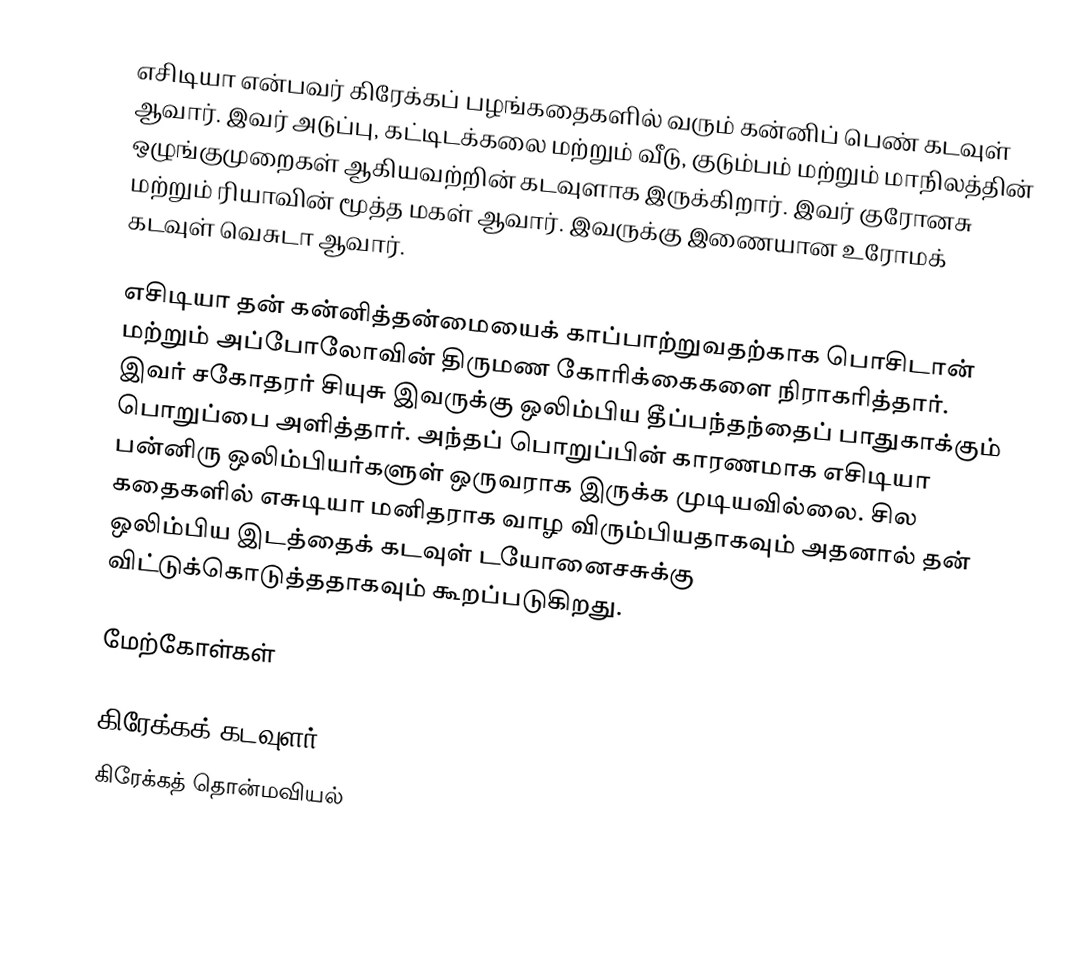
எசிடியா என்பவர் கிரேக்கப் பழங்கதைகளில் வரும் கன்னிப் பெண் கடவுள் ஆவார். இவர் அடுப்பு, கட்டிடக்கலை மற்றும் வீடு, குடும்பம் மற்றும் மாநிலத்தின் ஒழுங்குமுறைகள் ஆகியவற்றின் கடவுளாக இருக்கிறார். இவர் குரோனசு மற்றும் ரியாவின் மூத்த மகள் ஆவார். இவருக்கு இணையான உரோமக் கடவுள் வெசுடா ஆவார்.

எசிடியா தன் கன்னித்தன்மையைக் காப்பாற்றுவதற்காக பொசிடான் மற்றும் அப்போலோவின் திருமண கோரிக்கைகளை நிராகரித்தார். இவர் சகோதரர் சியுசு இவருக்கு ஒலிம்பிய தீப்பந்தந்தைப் பாதுகாக்கும் பொறுப்பை அளித்தார். அந்தப் பொறுப்பின் காரணமாக எசிடியா பன்னிரு ஒலிம்பியர்களுள் ஒருவராக இருக்க முடியவில்லை. சில கதைகளில் எசுடியா மனிதராக வாழ விரும்பியதாகவும் அதனால் தன் ஒலிம்பிய இடத்தைக் கடவுள் டயோனைசசுக்கு விட்டுக்கொடுத்ததாகவும் கூறப்படுகிறது.

மேற்கோள்கள்

கிரேக்கக் கடவுளர்
கிரேக்கத் தொன்மவியல்